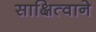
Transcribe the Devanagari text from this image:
साक्षित्वाने